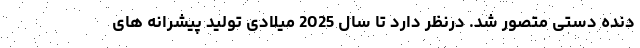
دنده دستی متصور شد. درنظر دارد تا سال 2025 میلادی تولید پیشرانه های